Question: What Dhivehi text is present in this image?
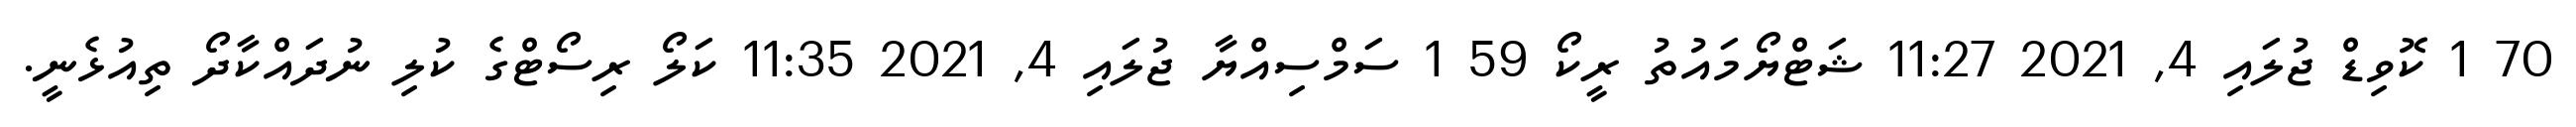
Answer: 70 1 ކޮވިޑް ޖުލައި 4, 2021 11:27 ޝަޓްޔޯމައުތު ރީކޯ 59 1 ސަމްސިއްޔާ ޖުލައި 4, 2021 11:35 ކަލޯ ރިސޯޓްގެ ކުލި ނުދައްކާދޯ ތިއުޅެނީ.